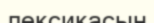
лексикасын